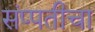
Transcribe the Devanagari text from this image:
संप्पतीचा